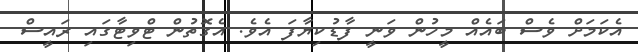
އެކަމަށް ވެސް ބައެއް މީހުން ވަނީ ފާޑުކިޔާފަ އެވެ. އެގޮތުން ޓްވިޓާގައި ރައީސް